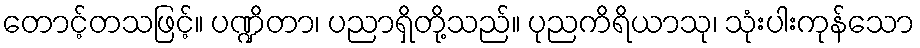
တောင့်တသဖြင့်။ ပဏ္ဍိတာ၊ ပညာရှိတို့သည်။ ပုညကိရိယာသု၊ သုံးပါးကုန်သော